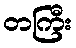
တကြီး